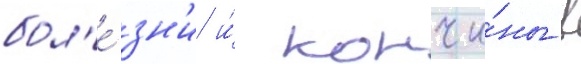
бол'е́зн'и и́ кончи́ны в